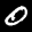
Label: 0